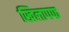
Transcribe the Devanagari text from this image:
खिलापफ